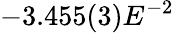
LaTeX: -3.455(3)E^{-2}